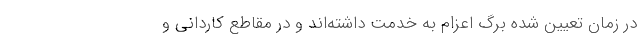
در زمان تعیین شده برگ اعزام به خدمت داشته‌اند و در مقاطع کاردانی و